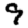
Digit: 9